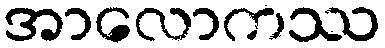
အာလောကဿ